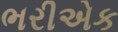
ભરીએક